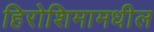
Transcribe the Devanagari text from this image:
हिरोशिमामधील